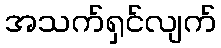
အသက်ရှင်လျက်